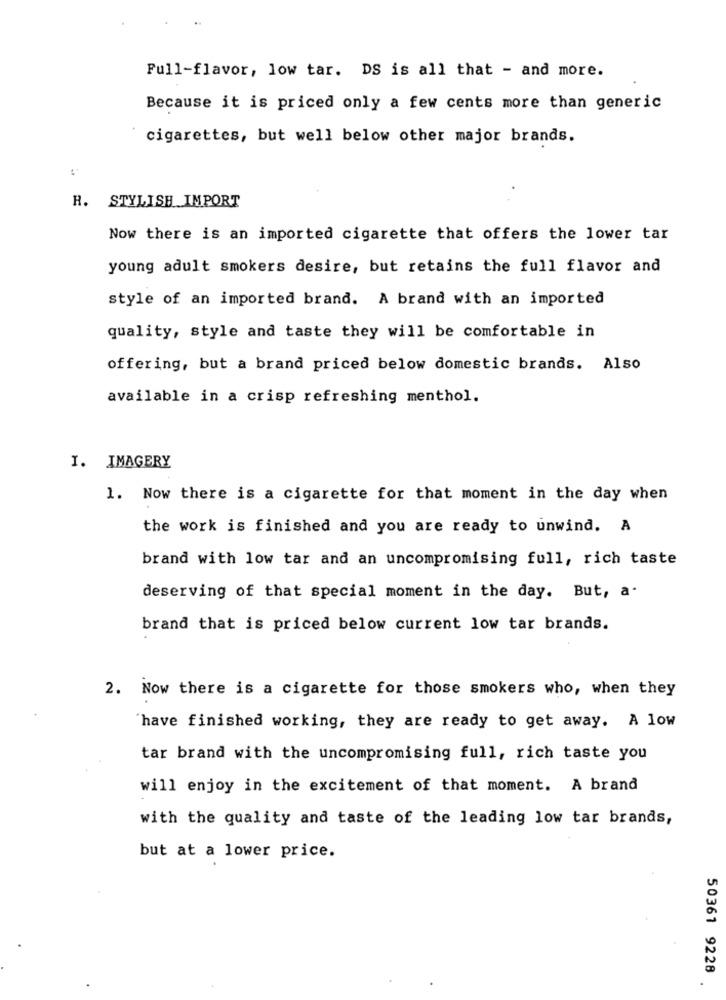
Full-flavor, low tar. DS is all that - and more.
Because it is priced only a few cents more than generic
cigarettes, but well below other major brands.
R. STYLISH IMPORT
Now there is an imported cigarette that offers the lower tar
young adult smokers desire, but retains the full flavor and
style of an imported brand. A brand with an imported
quality, style and taste they will be comfortable in
offering, but a brand priced below domestic brands. Also
available in a crisp refreshing menthol.
I. IMAGERY
1. Now there is a cigarette for that moment in the day when
the work is finished and you are ready to unwind. A
brand with low tar and an uncompromising full, rich taste
deserving of that special moment in the day. But, a-
brand that is priced below current low tar brands.
2. Now there is a cigarette for those smokers who, when they
have finished working, they are ready to get away. A low
tar brand with the uncompromising full, rich taste you
will enjoy in the excitement of that moment. A brand
with the quality and taste of the leading low tar brands,
but at a lower price.
50361 9228